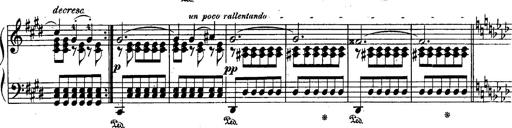
Title: Schubert's Impromptus [revised and edited by Franz Liszt]
Composer: Franz Liszt